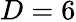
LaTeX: D=6